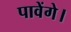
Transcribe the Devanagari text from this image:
पावेंगे।